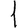
Digit: 1